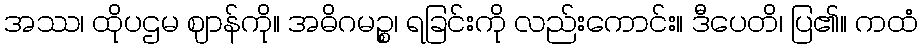
အဿ၊ ထိုပဌမ ဈာန်ကို။ အဓိဂမဉ္စ၊ ရခြင်းကို လည်းကောင်း။ ဒီပေတိ၊ ပြ၏။ ကထံ